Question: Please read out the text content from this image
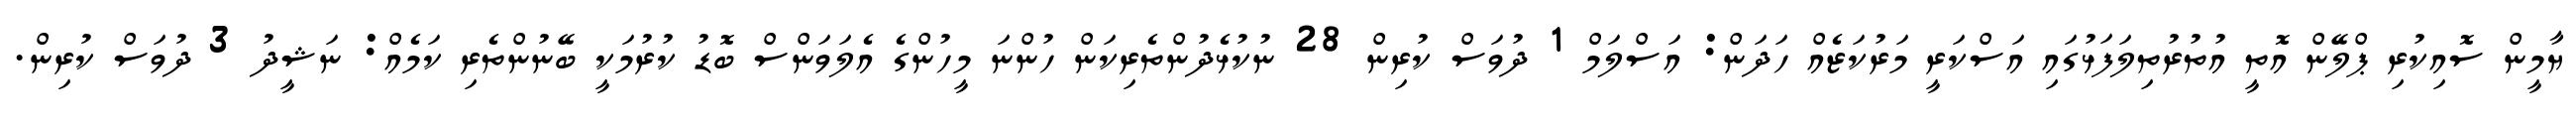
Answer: ޔާމީން ސޮއިކުރި ޕްލޭން އޮތީ އުތުރުތިލަފަޅުގައި އަސްކަރީ މަރުކަޒެއް ހަދަން: އަސްލަމް 1 ދުވަސް ކުރިން 28 ނުކުޅެދުންތެރިކަން ހުންނަ މީހުންގެ އެލަވަންސް ބޮޑު ކުރުމަކީ ބޭނުންތެރި ކަމެއް: ނަޝީދު 3 ދުވަސް ކުރިން.